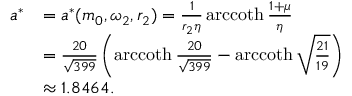
\begin{array} { r l } { a ^ { * } } & { = a ^ { * } ( m _ { 0 } , \omega _ { 2 } , r _ { 2 } ) = \frac { 1 } { r _ { 2 } \eta } \operatorname { a r c c o t h } \frac { 1 + \mu } { \eta } } \\ & { = \frac { 2 0 } { \sqrt { 3 9 9 } } \left( \operatorname { a r c c o t h } \frac { 2 0 } { \sqrt { 3 9 9 } } - \operatorname { a r c c o t h } \sqrt { \frac { 2 1 } { 1 9 } } \right) } \\ & { \approx 1 . 8 4 6 4 . } \end{array}